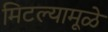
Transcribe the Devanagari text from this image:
मिटल्यामूळे